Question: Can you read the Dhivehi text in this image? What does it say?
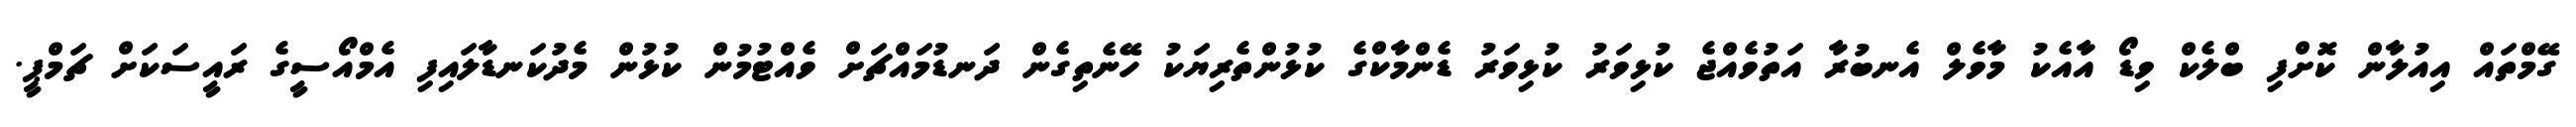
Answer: ގޭމްތައް އިއުލާން ކޮށްފި ބްލެކް ވިޑޯ އާއެކު މާވެލް އެނބުރާ އަތުވެއްޖެ ކުޅިވަރު ކުޅިވަރު ޑެންމާކްގެ ކުޅުންތެރިޔަކު ހޭނެތިގެން ދަނޑުމައްޗަށް ވެއްޓުމުން ކުޅުން މެދުކަނޑާލައިފި އެމްއޯސީގެ ރައީސަކަށް ޗަމްޕީ.